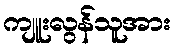
ကျူးလွန်သူအား